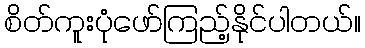
စိတ်ကူးပုံဖော်ကြည့်နိုင်ပါတယ်။